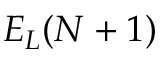
E _ { L } ( N + 1 )